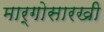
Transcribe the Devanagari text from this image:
मार्गोसारखी